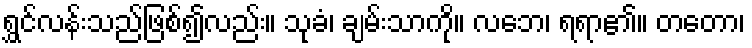
ရွှင်လန်းသည်ဖြစ်၍လည်း။ သုခံ၊ ချမ်းသာကို။ လဘေ၊ ရရာ၏။ တတော၊